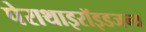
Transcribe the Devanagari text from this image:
पेराथाइरॉइडजन्य